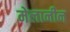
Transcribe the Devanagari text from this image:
मेलानीन